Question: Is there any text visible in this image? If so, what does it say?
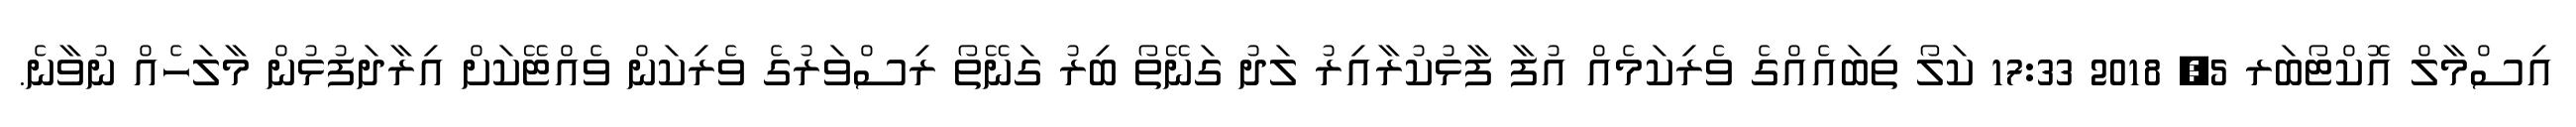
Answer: އިސްމާލް އޮކްޓޯބަރ 5, 2018 17:33 ކަލޯ ތިބައެއްގެ ވެރިކަމެއް އުފާ ފާޅުކުރާއިރު ލަދު ގަނޭތޯ ބިރު ގަނޭތޯ ރިސްވަރުގެ ވެރިކަން ވެއްޓޭކަށް އިރާދަފުޅުން މާލަހެއް ނުވާނެ.